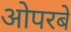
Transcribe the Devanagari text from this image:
ओपरबे